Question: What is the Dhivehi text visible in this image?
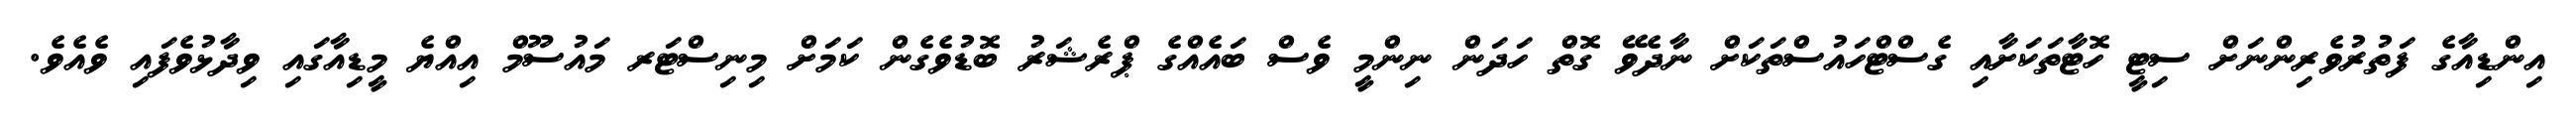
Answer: އިންޑިއާގެ ފަތުރުވެރިންނަށް ސިޓީ ހޮޓާތަކަށާއި ގެސްޓްހައުސްތަކަށް ނާދެވޭ ގޮތް ހަދަން ނިންމީ ވެސް ބައެއްގެ ޕްރެޝަރު ބޮޑުވެގެން ކަމަށް މިނިސްޓަރ މައުސޫމް އިއްޔެ މީޑިއާގައި ވިދާޅުވެފައި ވެއެވެ.